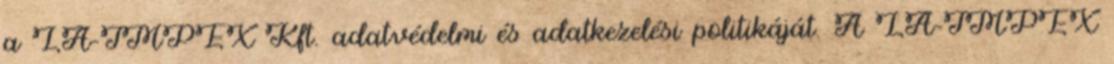
a LA-IMPEX Kft. adatvédelmi és adatkezelési politikáját. A LA-IMPEX